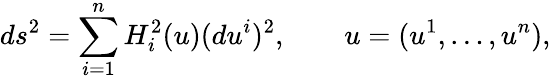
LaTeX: ds^{2}=\sum_{i=1}^{n}H_{i}^{2}(u)(du^{i})^{2},\qquad u=(u^{1},\ldots,u^{n}),